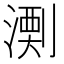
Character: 𱨋